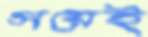
সয়েই